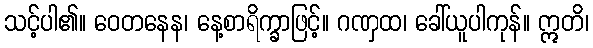
သင့်ပါ၏။ ဝေတနေန၊ နေ့စာရိက္ခာဖြင့်။ ဂဏှထ၊ ခေါ်ယူပါကုန်။ ဣတိ၊